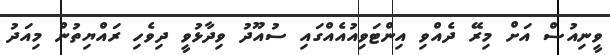
ވީނިއުސް އަށް މިރޭ ދެއްވި އިންޓަވިއުއެއްގައި ސުއޫދު ވިދާޅުވީ ދިވެހި ރައްޔިތުން މިއަދު